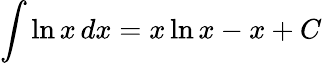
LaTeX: \int\ln x\, dx=x\ln x-x+C